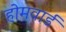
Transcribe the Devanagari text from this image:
होमवार्ड